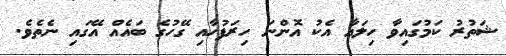
ޝަތުރު ކަމުގައިވާ ހިލައާ އެކު އޮންނަ ހިރަފުހާއި ގޭހުގެ ބައެއް އޭގައި ނެތެވެ.